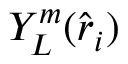
Y _ { L } ^ { m } ( \hat { \boldsymbol { r } } _ { i } )